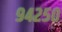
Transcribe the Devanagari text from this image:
९४२५०